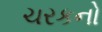
ચરકનો